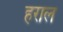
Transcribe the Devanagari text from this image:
हराल